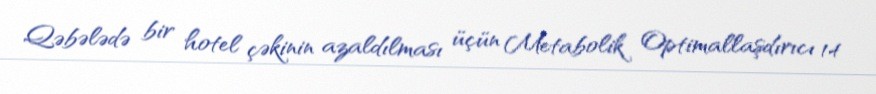
Qəbələdə bir hotel çəkinin azaldılması üçün Metabolik Optimallaşdırıcı 14